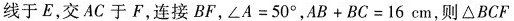
线于E，交AC于F，连接BF，∠A=50°，AB+BC=16cm，则△BCFD